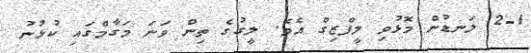
2-1 ލަނޑުން މޮޅުވި ލީފްޒިގް އެވެ. ލީގުގެ ތިން ވަނަ މަގާމްގައި ކުޅުނު